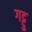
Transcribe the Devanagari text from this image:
गट्टु